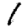
Digit: 1